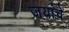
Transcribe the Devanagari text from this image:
जयांचे